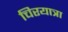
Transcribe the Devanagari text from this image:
चिरयात्रा